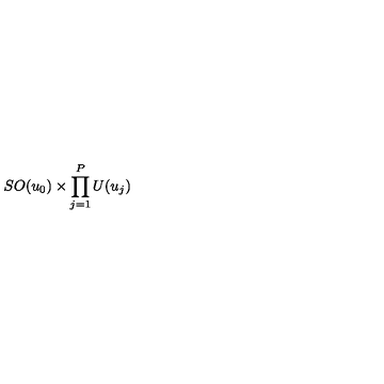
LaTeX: S O ( u _ { 0 } ) \times \prod _ { j = 1 } ^ { P } U ( u _ { j } )